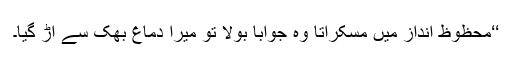
‘‘محظوظ انداز میں مسکراتا وہ جواباً بولا تو میرا دماغ بھک سے اڑ گیا۔